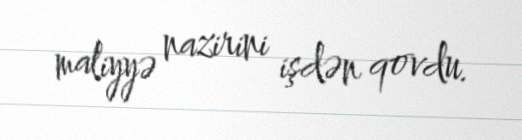
maliyyə nazirini işdən qovdu.